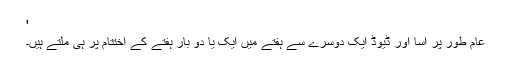
'
عام طور پر اسا اور ڈیوڈ ایک دوسرے سے ہفتے میں ایک یا دو بار ہفتے کے اختتام پر ہی ملتے ہیں۔